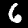
Digit: 6